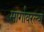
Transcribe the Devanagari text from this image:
मार्गावरल्या